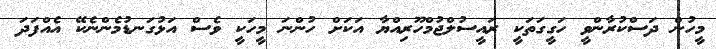
މީހުން ދަސްކުރާންވީ ހަގީގަތަކީ ރައީސުލްޖުމްހޫރިއްޔާ އަކަށް ހުންނަ މީހަކީ ވެސް އަޅުގަނޑުމެންނެކޭ އެއްފަދަ